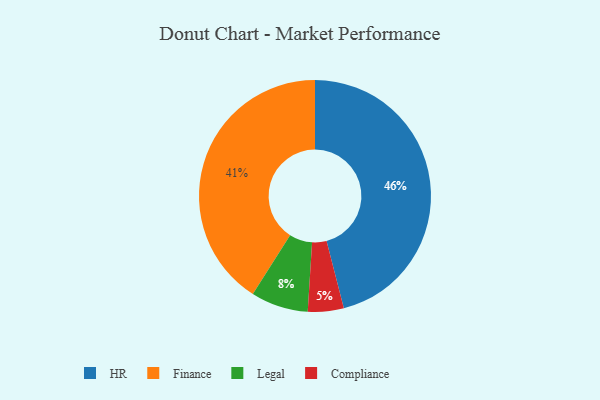
{"axis": {"x": "Category", "y": "Percentage"}, "legend": ["Compliance", "Finance", "HR", "Legal"], "data": [{"x": "HR", "y": 46, "type": "HR"}, {"x": "Legal", "y": 8, "type": "Legal"}, {"x": "Finance", "y": 41, "type": "Finance"}, {"x": "Compliance", "y": 5, "type": "Compliance"}]}